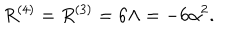
LaTeX: R ^ { ( 4 ) } = R ^ { ( 3 ) } = 6 \Lambda = - 6 \alpha ^ { 2 } .